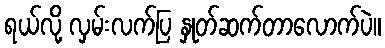
ရယ်လို့ လှမ်းလက်ပြ နှုတ်ဆက်တာလောက်ပဲ။